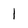
Character: 1